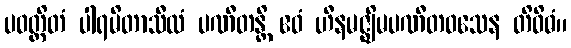
ပဝတ္တိတံ ပါရမိတာသီလံ ပဏီတန္တိ ဧဝံ ဟီနမဇ္ဈိမပဏီတဝသေန တိဝိဓံ။